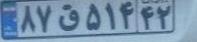
۸۷ق۵۱۴۴۲